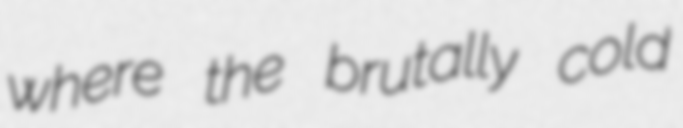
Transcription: where the brutally cold